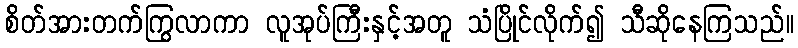
စိတ်အားတက်ကြွလာကာ လူအုပ်ကြီးနှင့်အတူ သံပြိုင်လိုက်၍ သီဆိုနေကြသည်။